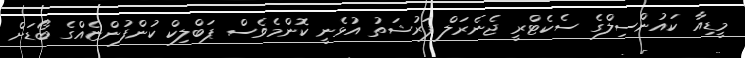
މީޑިއާ ކައުންސިލްގެ ސެކެޓްރީ ޖެނެރަލް ފަރުޝަތު އުޅެނީ ކޮންމެވެސް ޕަބްލިކް ކުންފުންޏެއްގެ ބޯޑަށް